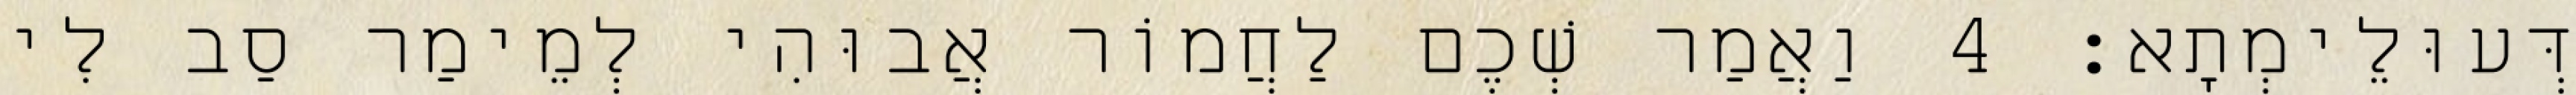
דְּעוּלֵימְתָא׃ 4 וַאֲמַר שְׁכֶם לַחֲמוֹר אֲבוּהִי לְמֵימַר סַב לִי